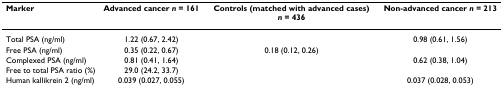
<table><thead><tr><td><b>Marker</b></td><td><b>Advanced cancer <i>n </i>= 161</b></td><td><b>Controls (matched with advanced cases) <i>n </i>= 436</b></td><td><b>Non-advanced cancer <i>n </i>= 213</b></td></tr></thead><tbody><tr><td>Total PSA (ng/ml)</td><td>1.22 (0.67, 2.42)</td><td>[EMPTY_CELL]</td><td>0.98 (0.61, 1.56)</td></tr><tr><td>Free PSA (ng/ml)</td><td>0.35 (0.22, 0.67)</td><td>0.18 (0.12, 0.26)</td><td>[EMPTY_CELL]</td></tr><tr><td>Complexed PSA (ng/ml)</td><td>0.81 (0.41, 1.64)</td><td>[EMPTY_CELL]</td><td>0.62 (0.38, 1.04)</td></tr><tr><td>Free to total PSA ratio (%)</td><td>29.0 (24.2, 33.7)</td><td>[EMPTY_CELL]</td><td>[EMPTY_CELL]</td></tr><tr><td>Human kallikrein 2 (ng/ml)</td><td>0.039 (0.027, 0.055)</td><td>[EMPTY_CELL]</td><td>0.037 (0.028, 0.053)</td></tr></tbody></table>